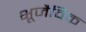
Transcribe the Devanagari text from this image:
भूजैविक